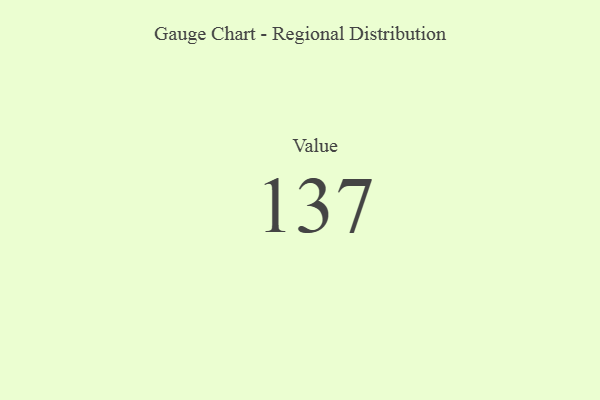
{"axis": {"x": "Metric", "y": "Value"}, "legend": [""], "data": [{"x": "Value", "y": 137, "type": ""}]}